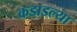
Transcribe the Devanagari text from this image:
कडाडल्या